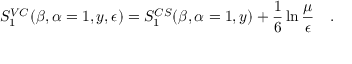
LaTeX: S _ { 1 } ^ { V C } ( \beta , \alpha = 1 , y , \epsilon ) = S _ { 1 } ^ { C S } ( \beta , \alpha = 1 , y ) + \frac 1 6 \ln { \frac { \mu } { \epsilon } } ~ ~ ~ .